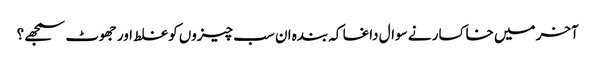
آخر میں خاکسار نے سوال داغا کہ بندہ ان سب چیزوں کو غلط اور جھوٹ سمجھے؟